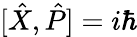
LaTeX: [{\hat{X}},{\hat{P}}]=i\hbar